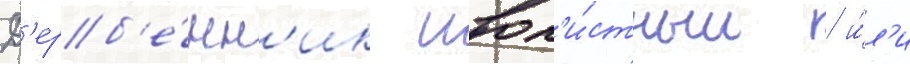
Д'ерб'е́нн'ик ивол'и́стныи / и́л'и